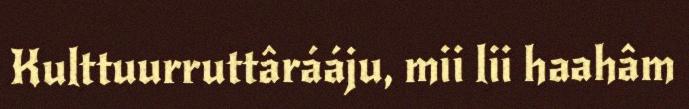
Kulttuurruttârááju, mii lii haahâm